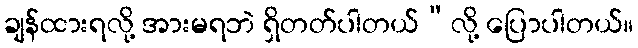
ချန်ထားရလို့ အားမရဘဲ ရှိတတ်ပါတယ်”လို့ ပြောပါတယ်။